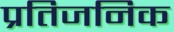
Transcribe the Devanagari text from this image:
प्रतिजनिक